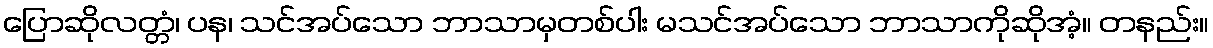
ပြောဆိုလတ္တံ၊ ပန၊ သင်အပ်သော ဘာသာမှတစ်ပါး မသင်အပ်သော ဘာသာကိုဆိုအံ့။ တနည်း။